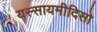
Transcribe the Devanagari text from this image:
यस्सायमीदिसो